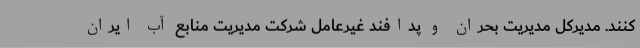
کنند. مدیرکل مدیریت بحران و پدافند غیرعامل شرکت مدیریت منابع آب ایران